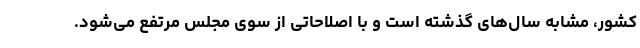
کشور، مشابه سال‌های گذشته است و با اصلاحاتی از سوی مجلس مرتفع می‌شود.